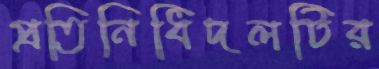
প্রতিনিধিদলটির